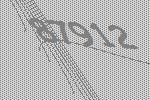
87912